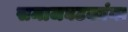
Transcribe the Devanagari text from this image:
समाजघटकांना